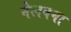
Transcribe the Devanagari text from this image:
नेलवना